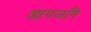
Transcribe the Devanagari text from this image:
आगजनि